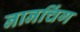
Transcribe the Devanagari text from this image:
नानचिंग